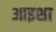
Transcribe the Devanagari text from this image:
आइशा